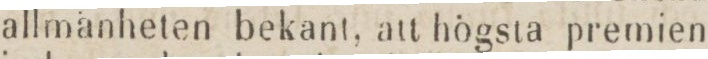
allmänheten bekant, att högsta premien